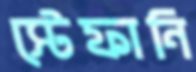
স্টেফানি